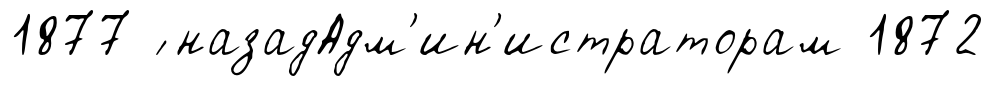
1877 ́ назадАдм'ин'истраторам 1872